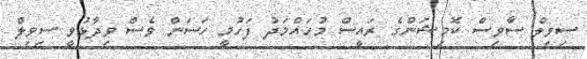
ސިވިލް ސާވިސް ކޮމިޝަންގެ ރައީސް މުހައްމަދު ފަހުމީ ހަސަން ވެސް ވިދާޅުވީ ސިވިލް